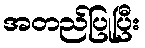
အတည်ပြုပြီး